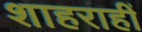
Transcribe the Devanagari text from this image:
शाहराहीं